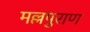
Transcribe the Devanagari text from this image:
मल्लपुराण